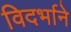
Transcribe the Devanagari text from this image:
विदर्भाने